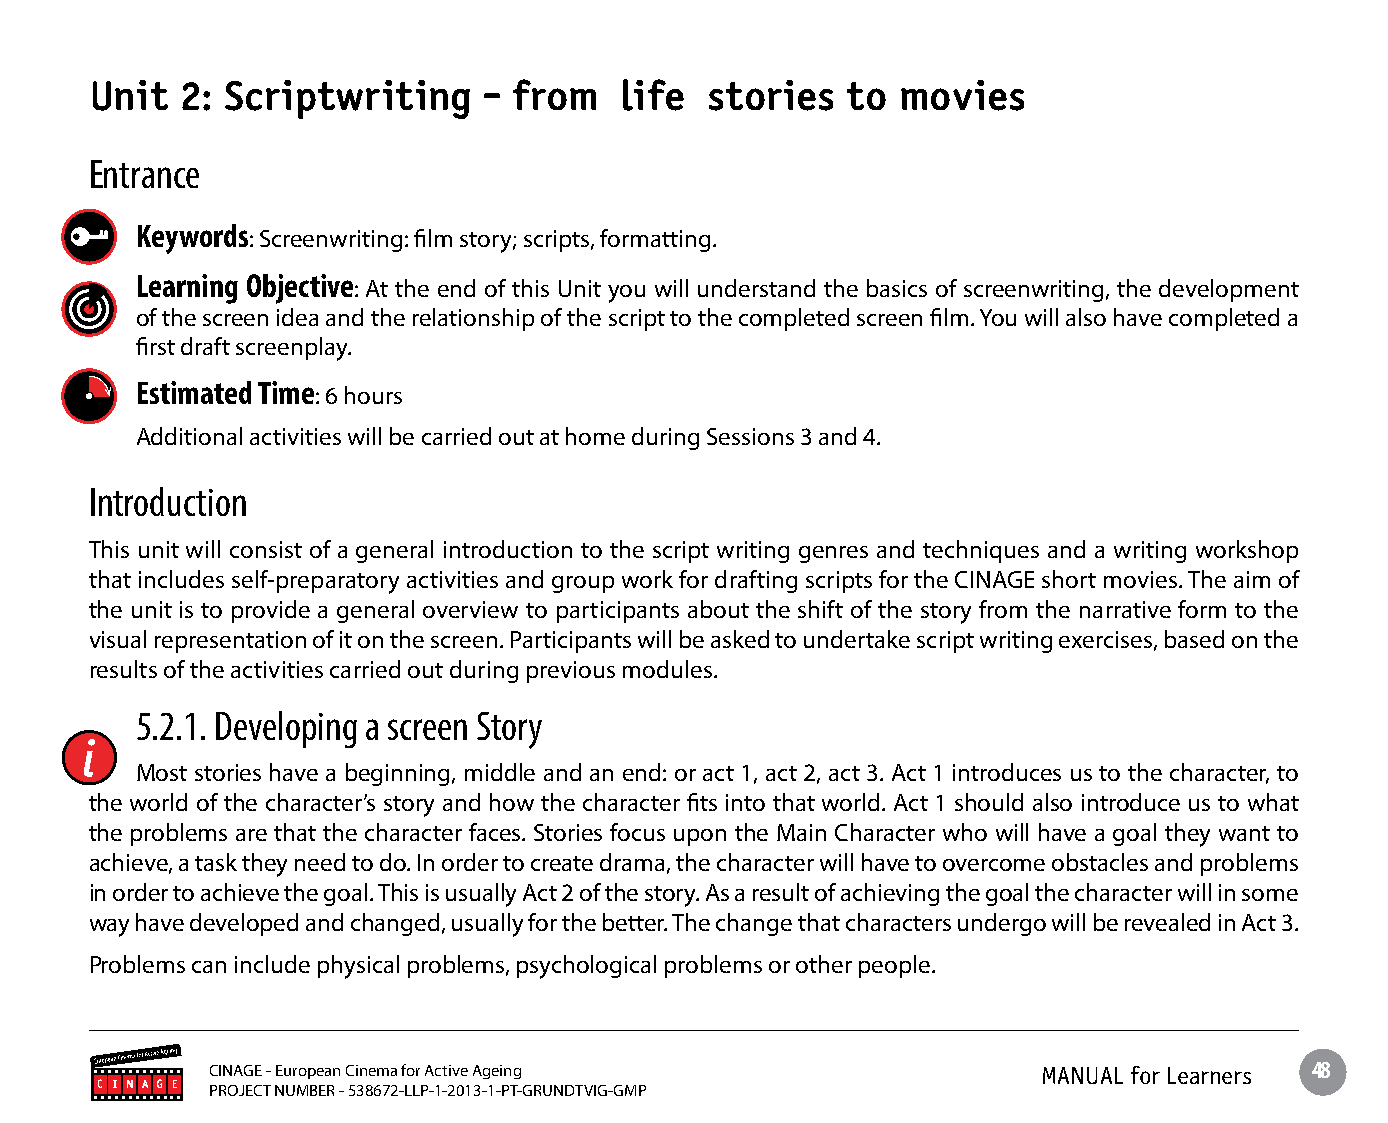
Unit  2: Scriptwriting    - from   life  stories  to  movies
 Entrance
 Keywords: Screenwriting: film story; scripts, formatting.
 Learning Objective: At the end of this Unit you will understand the basics of screenwriting, the development
 of the screen idea and the relationship of the script to the completed screen film. You will also have completed a
 first draft screenplay.
 Estimated Time: 6 hours
 Additional activities will be carried out at home during Sessions 3 and 4.
 Introduction
 This unit will consist of a general introduction to the script writing genres and techniques and a writing workshop
 that includes self-preparatory activities and group work for drafting scripts for the CINAGE short movies. The aim of
 the unit is to provide a general overview to participants about the shift of the story from the narrative form to the
 visual representation of it on the screen. Participants will be asked to undertake script writing exercises, based on the
 results of the activities carried out during previous modules.
 5.2.1. Developing a screen Story
 Most stories have a beginning, middle and an end: or act 1, act 2, act 3. Act 1 introduces us to the character, to
 the world of the character’s story and how the character fits into that world. Act 1 should also introduce us to what
 the problems are that the character faces. Stories focus upon the Main Character who will have a goal they want to
 achieve, a task they need to do. In order to create drama, the character will have to overcome obstacles and problems
 in order to achieve the goal. This is usually Act 2 of the story. As a result of achieving the goal the character will in some
 way have developed and changed, usually for the better. The change that characters undergo will be revealed in Act 3.
 Problems can include physical problems, psychological problems or other people.
 CINAGE - European Cinema for Active Ageing             MANUAL for Learners 48
 PROJECT NUMBER - 538672-LLP-1-2013-1-PT-GRUNDTVIG-GMP